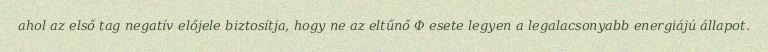
ahol az első tag negatív előjele biztosítja, hogy ne az eltűnő Φ esete legyen a legalacsonyabb energiájú állapot.